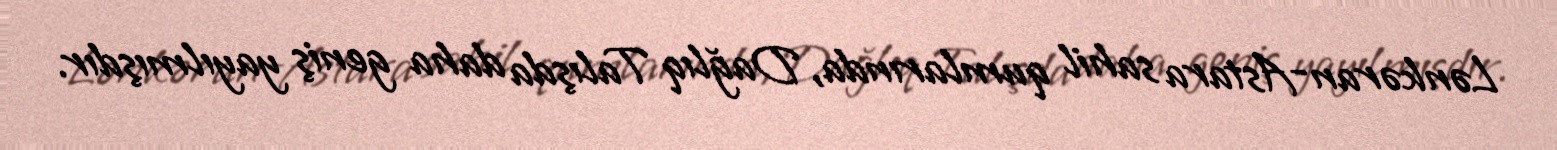
Lənkəran-Astara sahil qumlarında, Dağlıq Talışda daha geniş yayılmışdır.